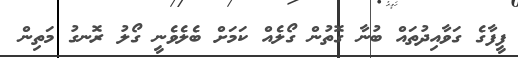
ފީފާގެ ގަވާއިދުތައް ބުނާ ގޮތުން ގޯލެއް ކަމަށް ބެލެވެނީ ގޯލު ރޮނގު މަތިން